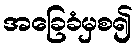
အခြေခံမှစ၍